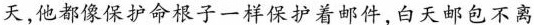
天,他都像保护命根子一样保护着邮件，白天邮包不离